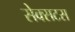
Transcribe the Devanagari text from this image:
सेक्सटस